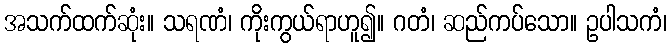
အသက်ထက်ဆုံး။ သရဏံ၊ ကိုးကွယ်ရာဟူ၍။ ဂတံ၊ ဆည်ကပ်သော။ ဥပါသကံ၊